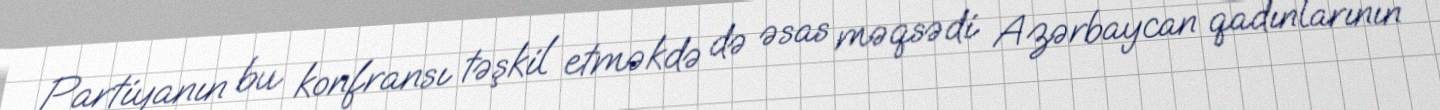
Partiyanın bu konfransı təşkil etməkdə də əsas məqsədi Azərbaycan qadınlarının